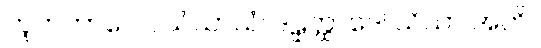
ဘူတဘာဝေ ပသံသာယံ၊ ဒဠှတ္ထာဒေါ သိယာ အတိ။